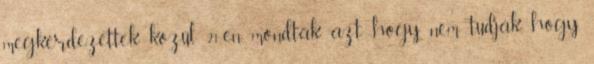
megkérdezettek közül 21-en mondták azt, hogy nem tudják, hogy